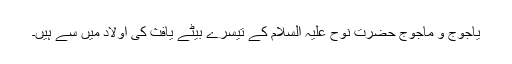
یاجوج و ماجوج حضرت نوح علیہ السلام کے تیسرے بیٹے یافث کی اولاد میں سے ہیں۔